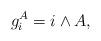
LaTeX: \begin{align*}g_i^A = i \wedge A,\end{align*}